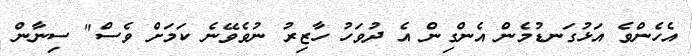
އެހެންވެ އަޅުގަނޑުމެން އެންގިން އެ ދުވަހު ހާޒިރު ނުވެވޭނެ ކަަމަށް ވެސް" ސިނާން